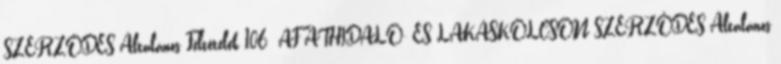
SZERZŐDÉS Általános Feltételek 106 ÁF ÁTHIDALÓ- ÉS LAKÁSKÖLCSÖN SZERZŐDÉS Általános